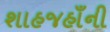
શાહજહાઁની